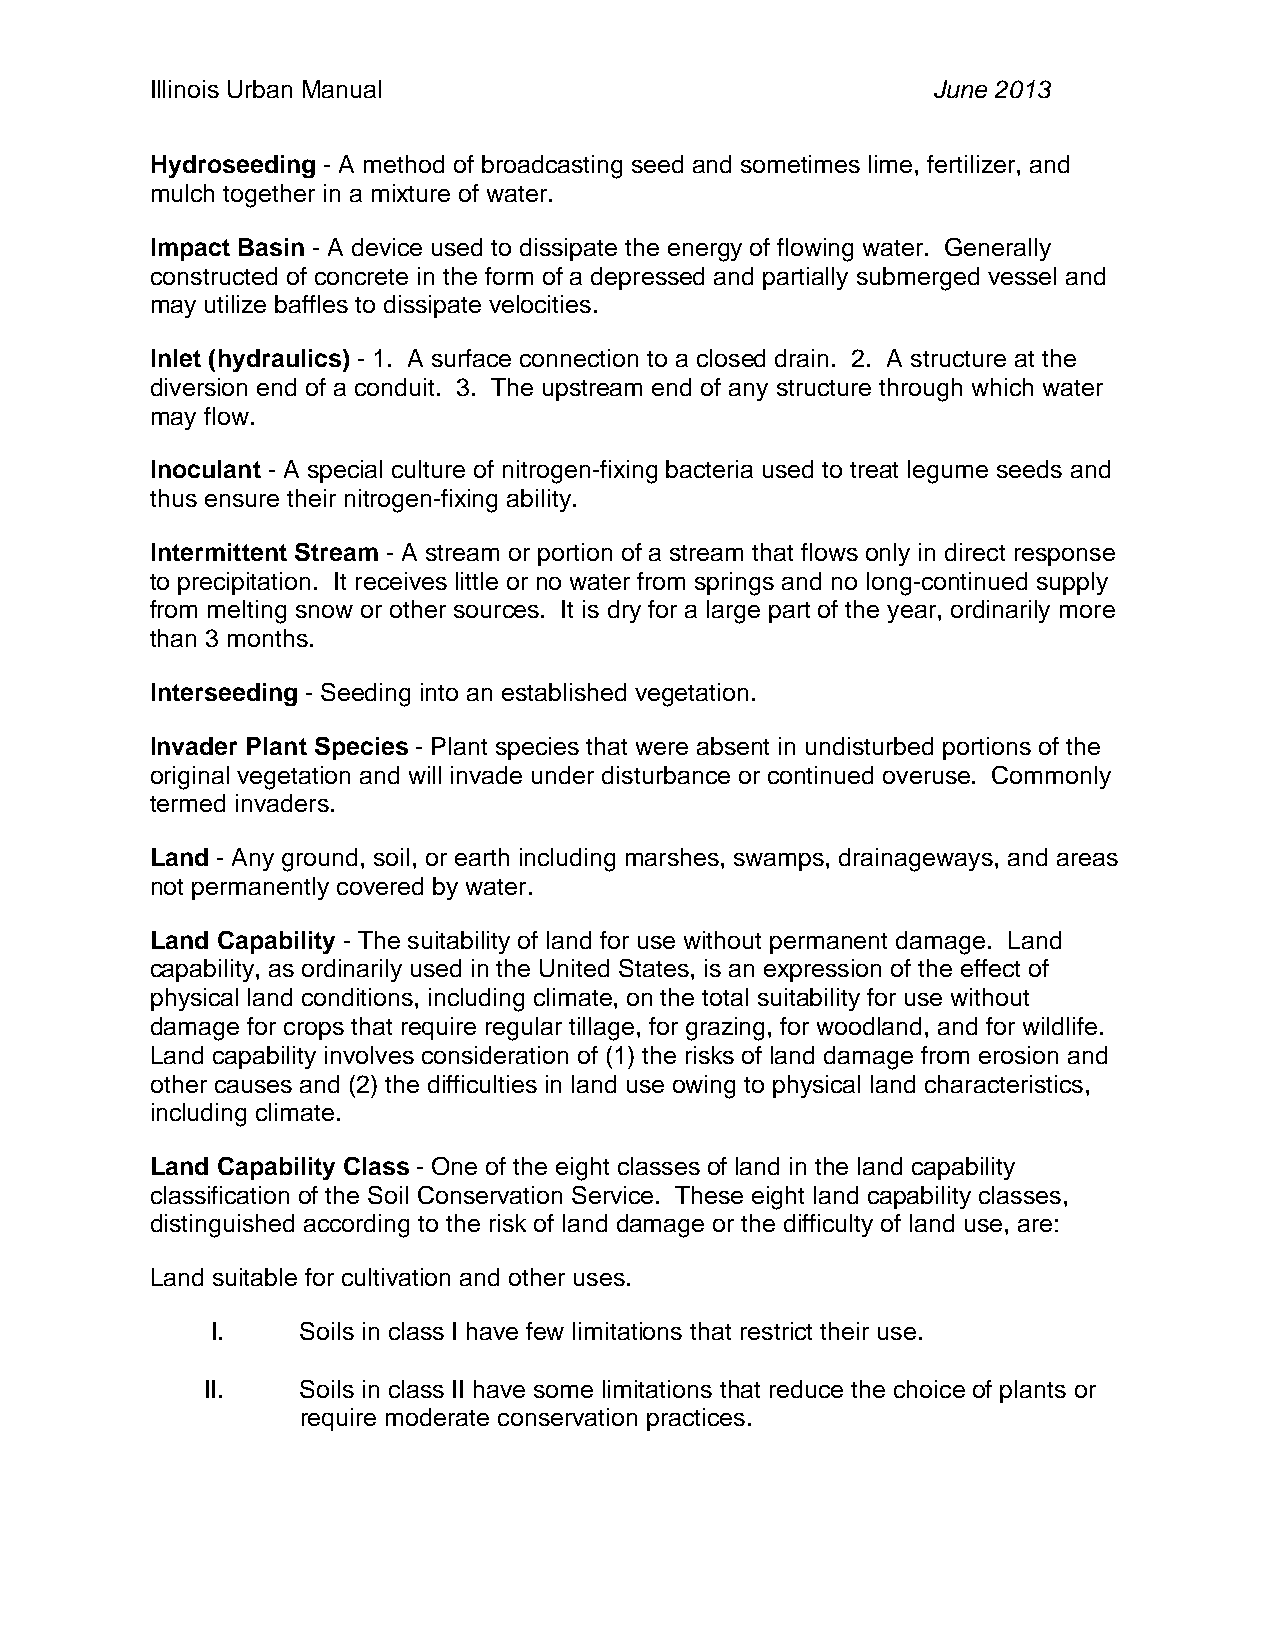
Illinois Urban Manual                               June 2013
 Hydroseeding - A method of broadcasting seed and sometimes lime, fertilizer, and
 mulch together in a mixture of water.
 Impact Basin - A device used to dissipate the energy of flowing water. Generally
 constructed of concrete in the form of a depressed and partially submerged vessel and
 may utilize baffles to dissipate velocities.
 Inlet (hydraulics) - 1. A surface connection to a closed drain. 2. A structure at the
 diversion end of a conduit. 3. The upstream end of any structure through which water
 may flow.
 Inoculant - A special culture of nitrogen-fixing bacteria used to treat legume seeds and
 thus ensure their nitrogen-fixing ability.
 Intermittent Stream - A stream or portion of a stream that flows only in direct response
 to precipitation. It receives little or no water from springs and no long-continued supply
 from melting snow or other sources. It is dry for a large part of the year, ordinarily more
 than 3 months.
 Interseeding - Seeding into an established vegetation.
 Invader Plant Species - Plant species that were absent in undisturbed portions of the
 original vegetation and will invade under disturbance or continued overuse. Commonly
 termed invaders.
 Land - Any ground, soil, or earth including marshes, swamps, drainageways, and areas
 not permanently covered by water.
 Land Capability - The suitability of land for use without permanent damage. Land
 capability, as ordinarily used in the United States, is an expression of the effect of
 physical land conditions, including climate, on the total suitability for use without
 damage for crops that require regular tillage, for grazing, for woodland, and for wildlife.
 Land capability involves consideration of (1) the risks of land damage from erosion and
 other causes and (2) the difficulties in land use owing to physical land characteristics,
 including climate.
 Land Capability Class - One of the eight classes of land in the land capability
 classification of the Soil Conservation Service. These eight land capability classes,
 distinguished according to the risk of land damage or the difficulty of land use, are:
 Land suitable for cultivation and other uses.
 I.    Soils in class I have few limitations that restrict their use.
 II.   Soils in class II have some limitations that reduce the choice of plants or
 require moderate conservation practices.